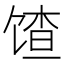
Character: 馇